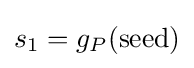
s_{1}=g_{P}({\text{seed}})